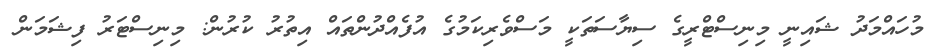
މުހައްމަދު ޝައިނީ މިނިސްޓްރީގެ ސިޔާސަތަކީ މަސްވެރިކަމުގެ އުފެއްދުންތައް އިތުރު ކުރުން: މިނިސްޓަރު ފިޝަމަން